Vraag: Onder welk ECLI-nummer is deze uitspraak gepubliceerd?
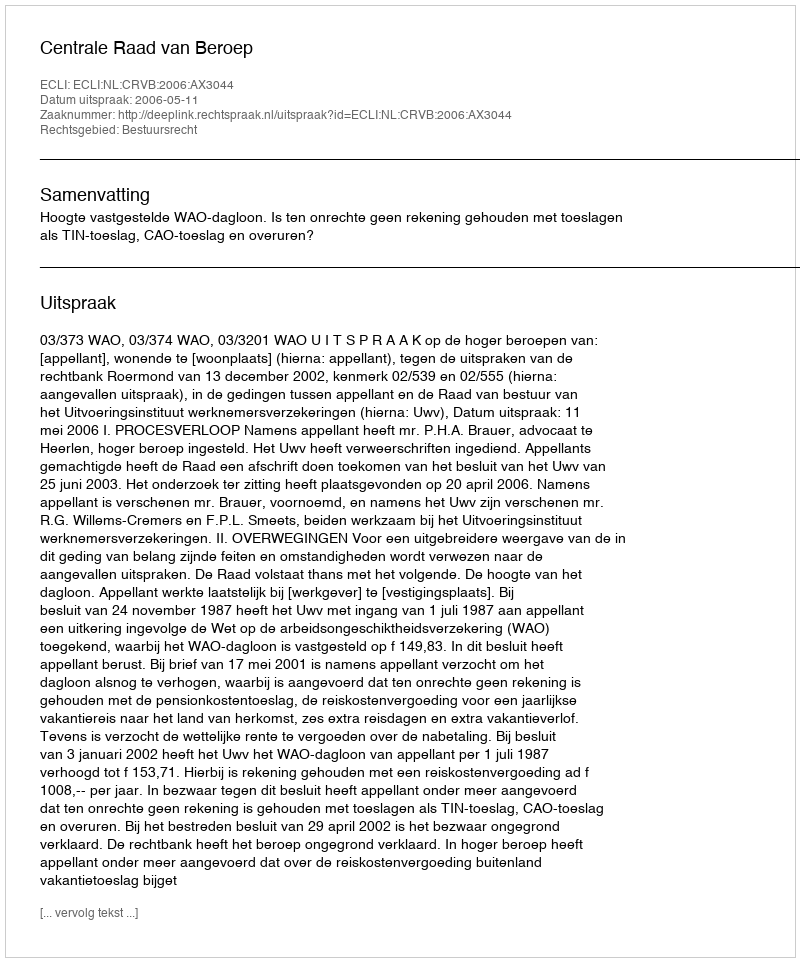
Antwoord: ECLI:NL:CRVB:2006:AX3044